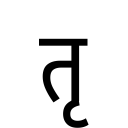
OCR:
तृ